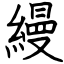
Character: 縵